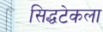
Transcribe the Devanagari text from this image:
सिद्धटेकला